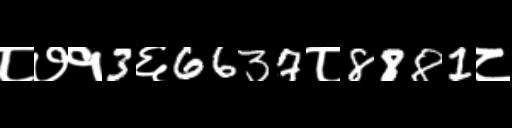
Text: ८७१3६6637८8881८